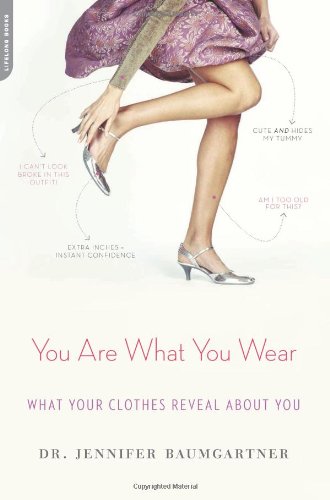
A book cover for You Are What You Wear: What Your Clothes Reveal About You; Jennifer Baumgartner; Health, Fitness & Dieting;